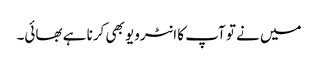
میں نے تو آپ کا انٹرویو بھی کرنا ہے بھائی۔